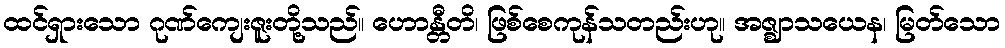
ထင်ရှားသော ဂုဏ်ကျေးဇူးတို့သည်။ ဟောန္တီတိ၊ ဖြစ်စေကုန်သတည်းဟု။ အဇ္ဈာသယေန၊ မြတ်သော